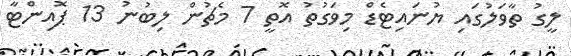
ލީގު ތާވަލުގައި ޔުނައިޓެޑް މިވަގުތު އޮތީ 7 މެޗުން ލިބުނު 13 ޕޮއިންޓާ